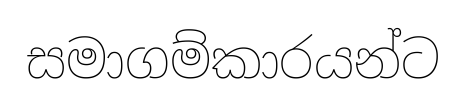
සමාගම්කාරයන්ට